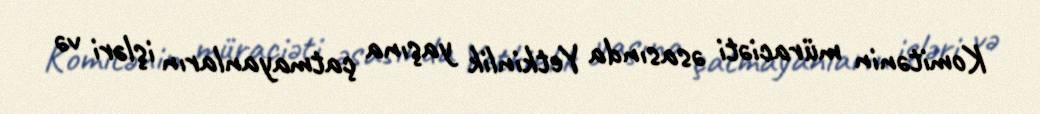
Komitənin müraciəti əsasında Yetkinlik yaşına çatmayanların işləri və